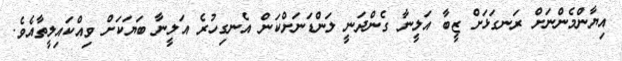
އިޔާންމެންނަށް ރަނގަޅަށް ޒީބާ އަލީނާ ގެންދަނީ ލަންޑަނަށްކަން އެނގިހުރެ އަލީނާ ބަޔަކަށް ވިއްކައިލީތާއެވެ.